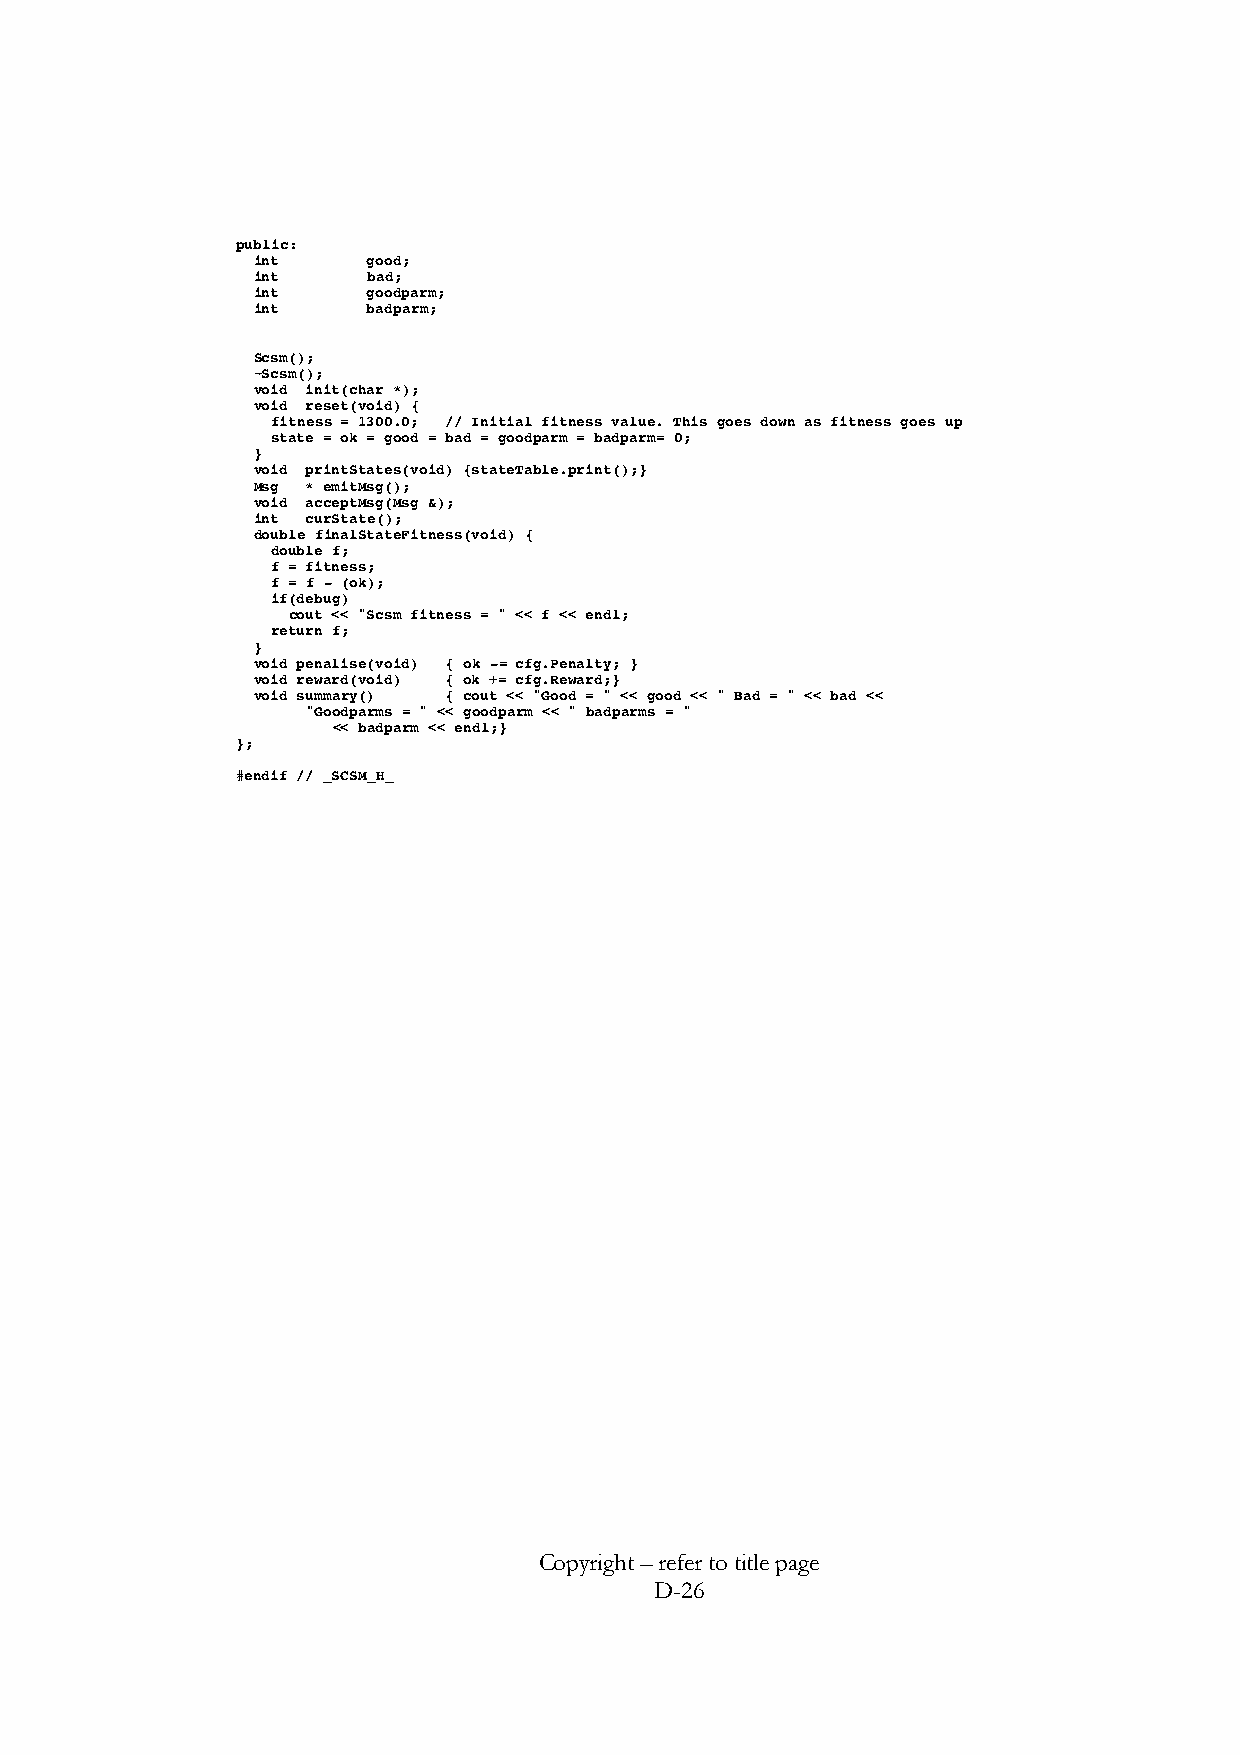
public:
 int    good;
 int    bad;
 int    goodparm;
 int    badparm;
 Scsm();
 ~Scsm();
 void init(char *);
 void reset(void) {
 fitness = 1300.0; // Initial fitness value. This goes down as fitness goes up
 state = ok = good = bad = goodparm = badparm= 0;
 }
 void printStates(void) {stateTable.print();}
 Msg * emitMsg();
 void acceptMsg(Msg &);
 int curState();
 double finalStateFitness(void) {
 double f;
 f = fitness;
 f = f - (ok);
 if(debug)
 cout << "Scsm fitness = " << f << endl;
 return f;
 }
 void penalise(void) { ok -= cfg.Penalty; }
 void reward(void) { ok += cfg.Reward;}
 void summary() { cout << "Good = " << good << " Bad = " << bad <<
 "Goodparms = " << goodparm << " badparms = "
 << badparm << endl;}
 };
 #endif // _SCSM_H_
 Copyright – refer to title page
 D-26